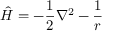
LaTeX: { \hat { H } } = - { { \frac { 1 } { 2 } } \nabla ^ { 2 } } - { \frac { 1 } { r } }